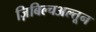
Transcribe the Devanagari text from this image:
ज़िबिल्चअल्तून